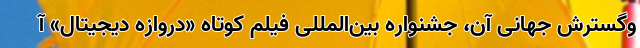
وگسترش جهانی آن، جشنواره بین‌المللی فیلم کوتاه «دروازه دیجیتال» آ